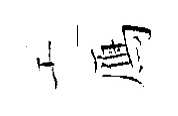
工鴈